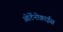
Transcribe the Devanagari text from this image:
ओर्टेनोक्राईस